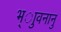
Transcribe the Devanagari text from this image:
भ्ाुवनानु